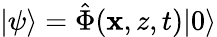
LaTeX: |\psi\rangle=\hat{\Phi}(\mathbf{x},z,t)|0\rangle